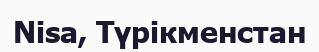
Nisa, Түрікменстан